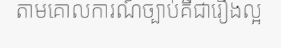
តាមគោលការណ៍ច្បាប់គឺជារឿងល្អ